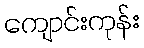
ကျောင်းကုန်း